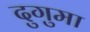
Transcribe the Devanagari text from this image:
दुगुमा